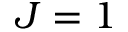
J = 1